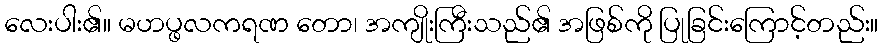
လေးပါး၏။ မဟပ္ဖလကရဏ တော၊ အကျိုးကြီးသည်၏ အဖြစ်ကို ပြုခြင်းကြောင့်တည်း။